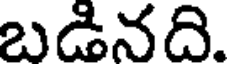
బడినది.